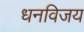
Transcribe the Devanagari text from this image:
धनविजय